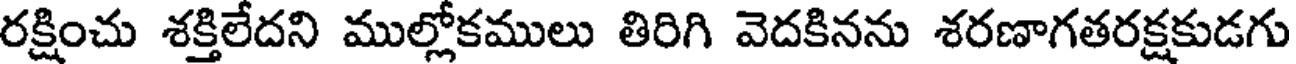
రక్షించు శక్తిలేదని ముల్లోకములు తిరిగి వెదకినను శరణాగతరక్షకుడగు